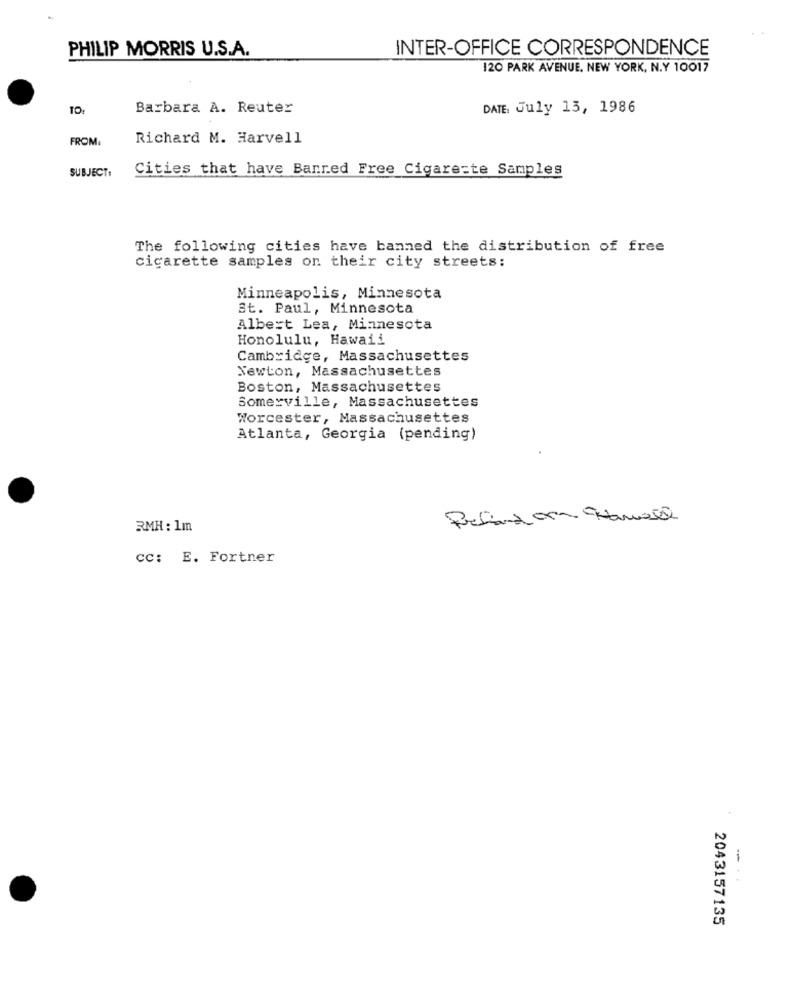
PHILIP MORRIS U.S.A.
INTER-OFFICE CORRESPONDENCE
120 PARK AVENUE. NEW YORK, N.Y 10017
Barbara A. Reuter
DATE, July 13, 1986
FROM:
Richard M. Harvell
SUBJECT:
Cities that have Banred Free Cigare=te Samples
The following cities have banned the distribution of free
cigarette samples on their city streets:
Minneapolis, Minnesota
St. Paul, Minnesota
Albert Lea, Minnesota
Honolulu, Hawaii
Cambridge, Massachusettes
Newton, Massachusettes
Boston, Massachusettes
Somerville, Massachusettes
Worcester, Massachusettes
Atlanta, Georgia (pending)
Peland . Hanall
RMH : 1m
cc: E. Fortner
2043157135